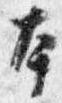
本